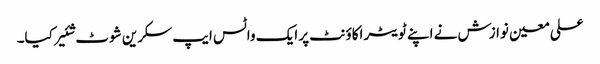
علی معین نوازش نے اپنے ٹویٹر اکاؤنٹ پر ایک واٹس ایپ سکرین شوٹ شئیر کیا۔